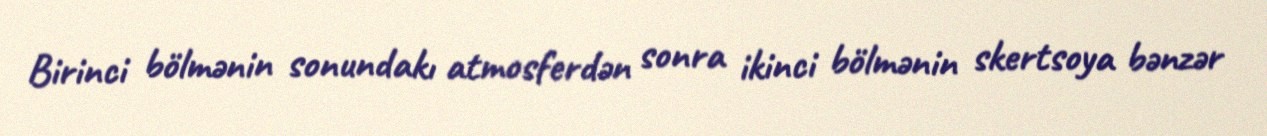
Birinci bölmənin sonundakı atmosferdən sonra ikinci bölmənin skertsoya bənzər